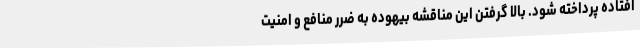
افتاده پرداخته شود. بالا گرفتن این مناقشه بیهوده به ضرر منافع و امنیت